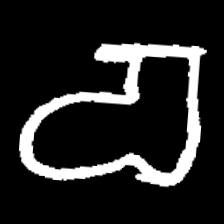
Pyu character \u2014 Myanmar letter: စ (romanized: ca)